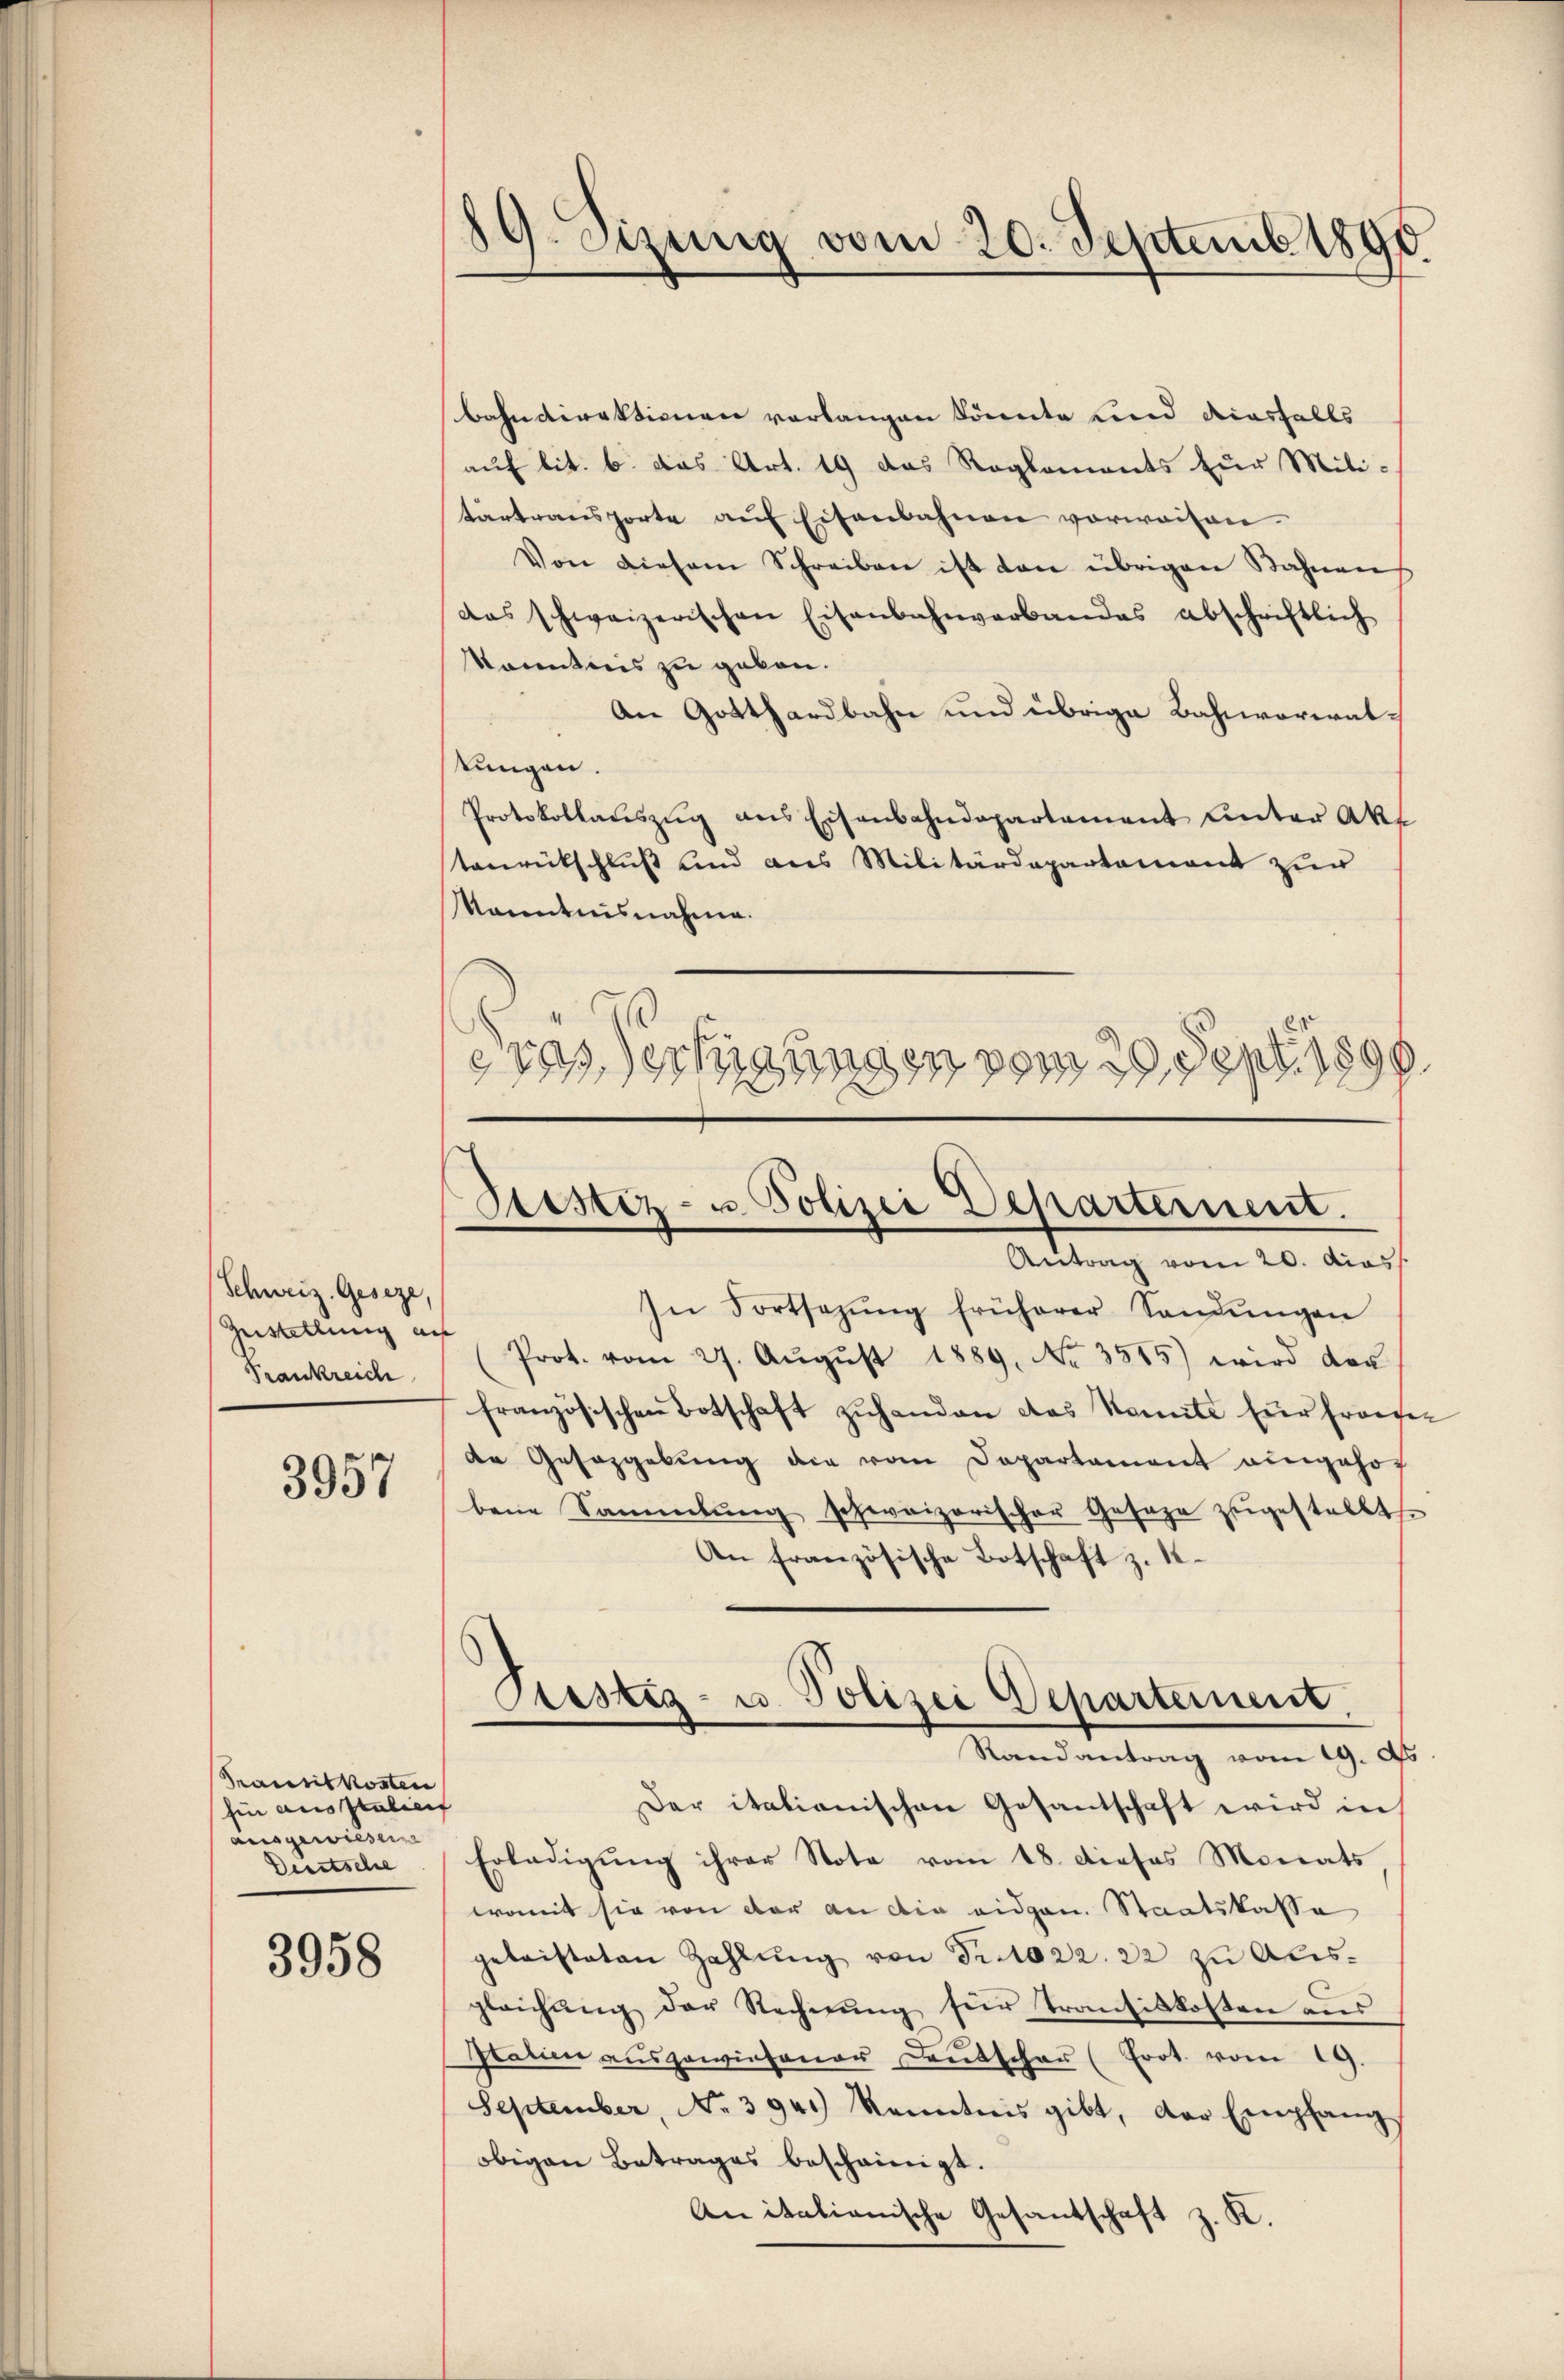
Schweiz. Geseze,
Zustellung auf
Frankreich

3957

bahndirektionen vorlangen könnte und diesfalls
auf lit. b. das Art. 19 das Reglements zur Miti-
tartransporte aŭf Eisenbahnen vorwaisen.
Von diesem Schreiben ist von übrigen Bahnen
das schweizerischen Eisenbahnverbandes abschriftlich
kanntnis zu geben.
An Gotthardbahn und übrige Bahnvorwaltungen.
Protokollaŭszŭg ans Eisenbahndepartement unter Akt
tanrückschluß und aus Militärdepartement zur
kanntnisnahme.
d
etas erhigungen vom 20. Sept. 1890

Transitkosten
hin ausstatiert
ausgewiesen
Deutsche

3958

89. eizung vom 20. Septemb. 1890

Sistiz- u Polizei Departernent.
Antrag vom 20. das

Testig- u. Polizei Departement
Randantrag vom 19. d.

In Fortsetzŭng früherer Landŭngen
Prot. vom 27. Aŭgŭst 1889. No. 3515) wird der
französischen Botschaft zuhanden das kannte für Frante-
de Gesezgebung die vom Departament eingehor
bene Sammlung schweizerischer Gesage zugestellte
An französische Botschaft z. 1.
Der italianischen Gesantschaft wird in
Erledigung ihrer Note vom 18. dieses Monats
womit sie von der an die eidgen. Staatskassa
geleisteten Zahlung von Fr. 1022. 22 zu Abisgleichŭng der Rechnŭng für Transikkosten aŭs
Patien aŭsgewiesener Deutschaŭ (Frot. vom 19.
September, No 3941) kenntnis gibt, der Empfang
obigen Betrages bescheinigt.
An italienische Gesantschaft z. K.